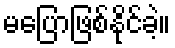
မပြောဖြစ်နိုင်ခဲ့။